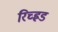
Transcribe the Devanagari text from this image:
रिच्ह्रड